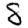
Digit: 8